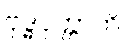
ဗုဒ္ဓပုတ္တာတိ